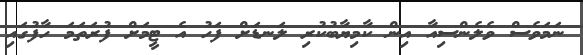
ނަމަވެސް ވެލެންސިއާ އިން ކާމިޔާބުކުރި ލަނޑަށް ފަހު އެ ޓީމަށް ފުރަތަމަ ހާފުގައި